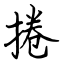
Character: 捲